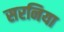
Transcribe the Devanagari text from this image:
सरनिया